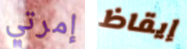
إمرتي إيقاظ